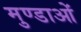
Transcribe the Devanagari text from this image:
मुण्डाओं